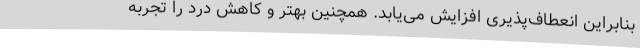
بنابراین انعطاف‌پذیری افزایش می‌یابد. همچنین بهتر و کاهش درد را تجربه